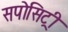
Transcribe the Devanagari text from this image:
सपोसिट्री